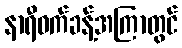
နာရီဝက်ခန့်အကြာတွင်